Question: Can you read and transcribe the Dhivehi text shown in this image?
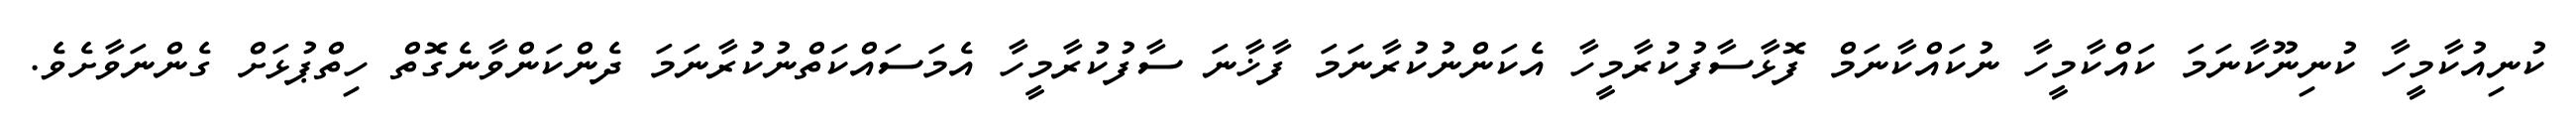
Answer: ކުނިއުކާމީހާ ކުނިނޫކާނަމަ ކައްކާމީހާ ނުކައްކާނަމް ފޮޅާސާފުކުރާމީހާ އެކަންނުކުރާނަމަ ފާޚާނަ ސާފުކުރާމީހާ އެމަސައްކަތްނުކުރާނަމަ ދެންކަންވާނެގޮތް ހިތްޕުޅަށް ގެންނަވާށެވެ.